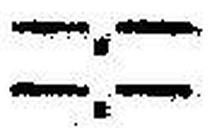
—.—